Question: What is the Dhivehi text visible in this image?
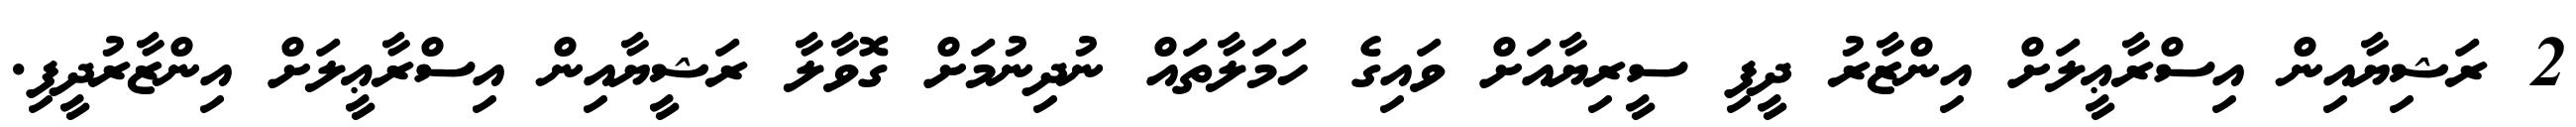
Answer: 2 ރަޝިޔާއިން އިސްރާޢީލަށް އިންޒާރު ދީފި ސީރިޔާއަށް ވައިގެ ހަމަލާތައް ނުދިނުމަށް ގޮވާލާ ރަޝީޔާއިން އިސްރާޢީލަށް އިންޒާރުދީފި.